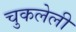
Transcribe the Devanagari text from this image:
चुकलेली